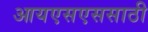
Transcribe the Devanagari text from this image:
आयएसएससाठी